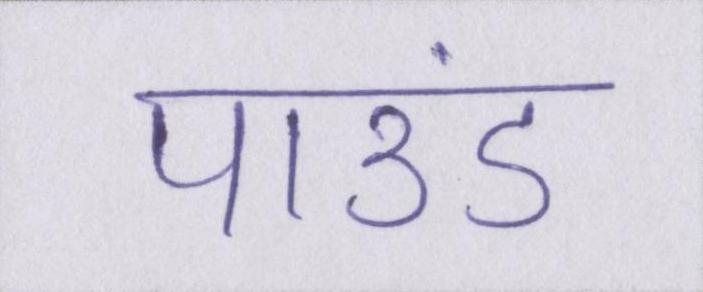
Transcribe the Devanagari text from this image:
पाउंड